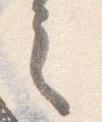
之